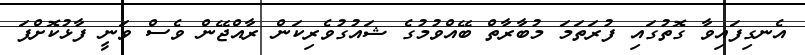
އެނގިފައިވާ ގޮތުގައި ފުރަތަމަ މުބާރާތް ބޭއްވުމުގެ ޝައުގުވެރިކަން ރާއްޖޭން ވެސް ވަނީ ފާޅުކޮށްފަ